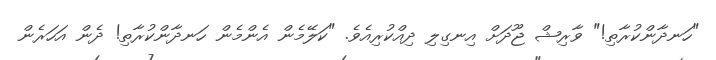
"ހަނދާންކުރާތި!" ވާރިޝް ޖޫދަށް އިނގިލި ދިއްކުރިއެވެ. "ކަލޭމެން އެންމެން ހަނދާންކުރާތި! ދެން އަހަރެން